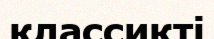
классикті